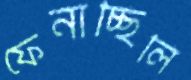
ফেনাচ্ছিলি